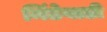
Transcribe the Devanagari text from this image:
मिंडेवाडी